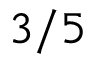
3 / 5